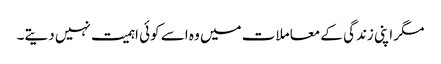
مگر اپنی زندگی کے معاملات میں وہ اسے کوئی اہمیت نہیں دیتے۔